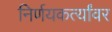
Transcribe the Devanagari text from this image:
निर्णयकर्त्यांवर